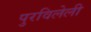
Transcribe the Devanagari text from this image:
पुरविलेली